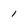
Character: 1